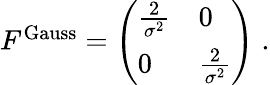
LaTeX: \begin{array}{r}{F^{\mathrm{Gauss}}=\left(\begin{array}{ll}{\frac{2}{\sigma^{2}}}&{0}\\ {0}&{\frac{2}{\sigma^{2}}}\end{array}\right)\; .}\end{array}